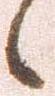
候